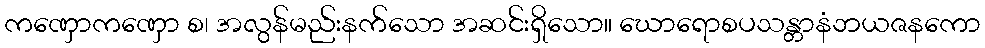
ကဏှောကဏှော စ၊ အလွန်မည်းနက်သော အဆင်းရှိသော။ ဃောရောစပသန္တာနံဘယဇနကော